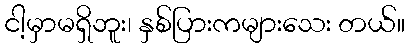
ငါ့မှာမရှိဘူး၊ နှစ်ပြားကများသေး တယ်။